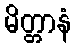
မိတ္တာနံ